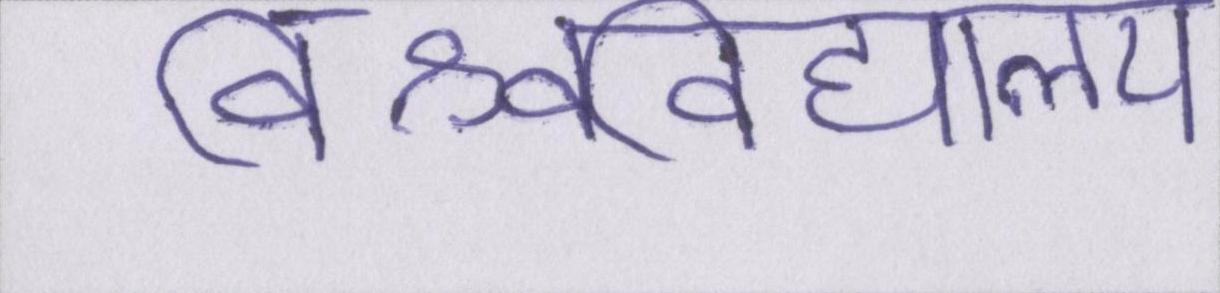
विश्वविद्यालय